Bulletin of the Pasteur Institute of Southern India, Coonoor - No. 1.
Year: 1908
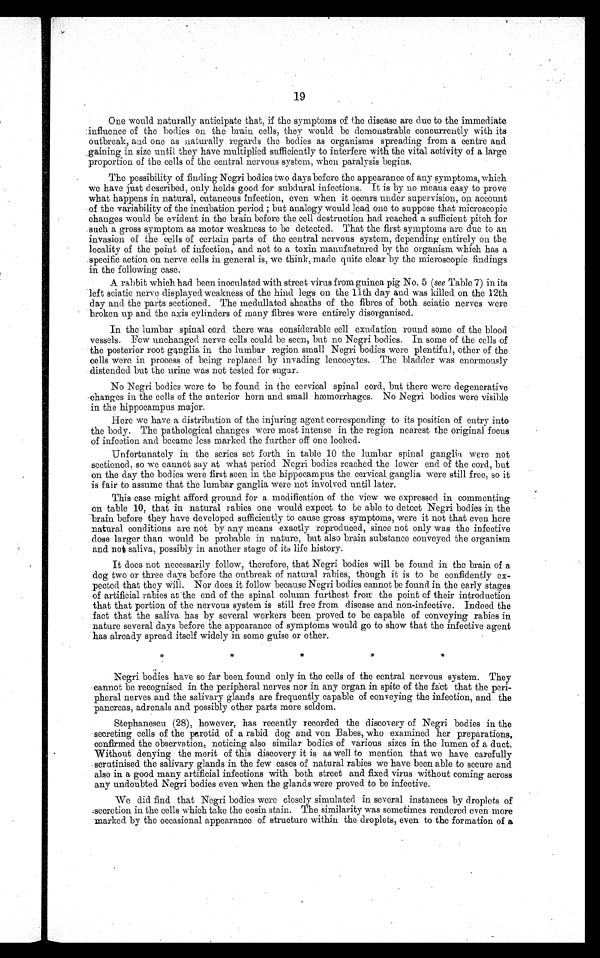
19
One would naturally anticipate . that, if the symptoms of the disease are due to the immediate
influence of the bodies on the brain cells, they would be demonstrable concurrently with its
outbreak, and. one as naturally regards the bodies as organisms spreading from a centre and
gaining in size until they have multiplied sufficiently to interfere with the vital activity of a large
proportion of the cells of the central nervous system, when paralysis begins.
The possibility of finding Negri bodies two days before the appearance of any symptoms, which
we have just described, only holds good for subdural infections. It is by no means easy to prove
what happens in natural, cutaneous infection, even when it occurs under supervision, on account
of the variability of the incubation period ; but analogy would lead one to suppose that microscopic
changes would be evident in the brain before the cell destruction had reached a sufficient pitch for
such a gross symptom as motor weakness to be detected. That the first symptoms are due to an
invasion of the cells of certain parts of the central nervous system, depending entirely on the
locality of the point of infection, and not to a toxin manufactured by the organism which has a
.specific action on nerve cells in general is, we think, made quite clear by the microscopic findings
in the following case.
A rabbit which had been inoculated with street virus from guinea pig No. 5 (see Table 7) in its
left sciatic nerve displayed weakness of the hind legs on the 11th day and was killed on the 12th
day and the parts sectioned. The medullated sheaths of the fibres of both sciatic nerves were
broken up and the axis cylinders of many fibres were entirely disorganised.
In the lumbar spinal cord. there was considerable cell exudation round some of the blood
vessels. Few unchanged nerve cells could be seen, but no Negri bodies. In some of the cells of
the posterior root ganglia in the lumbar region small Negri bodies were plentiful, other of the
cells were in process of being replaced. by invading leucocytes. The bladder was enormously
distended but the urine was not tested for sugar.
No Negri bodies were to be found in the cervical spinal cord, but there were degenerative
changes in the cells of the anterior horn and small hæmorrhages. No Negri bodies were visible
in the hippocampus major.
Here we have a distribution of the injuring agent corresponding to its position of entry into
the body. The pathological changes were most intense in the region nearest the original focus
of infection and became less marked the further off one looked.
Unfortunately in the series set forth in table 10 the lumbar spinal ganglia were not
sectioned, so we cannot say at what period Negri bodies reached the lower end of the cord, but
on the day the bodies were first seen in the hippocampus the cervical. ganglia were still free, so it
is fair to assume that the lumbar ganglia were not involved until later.
This case might afford ground for a modification of the view we expressed in commenting
-on table 10, that in natural rabies one would expect to be able to detect Negri bodies in the
brain before they have developed sufficiently to cause gross symptoms, were it not that even here
natural conditions are not by any means exactly reproduced, since not only was .the infective
dose larger than would be probable in nature, but also brain substance conveyed the organism
and not saliva, possibly in another stage of its life history.
It does not necessarily follow, therefore, that Negri bodies will be found in the brain of a
dog two or three days before the outbreak of natural rabies, though it is to be confidently ex-
pected that they Will. Nor does it follow because Negri bodies cannot be found in the early stages
of artificial rabies at the end of the spinal column furthest from the point of their introduction
that that portion of the nervous system is still free from disease and. non-infective. Indeed. the
. fact that the saliva has by several workers been proved to be capable of conveying rabies in
nature several days before the appearance of symptoms would go to show that the infective agent
has already spread itself widely in some guise or other.
Negri bodies have so far been found only in the cells of the central nervous system. They
cannot be recognised in the peripheral nerves nor in any organ in spite of the fact that the peri-
pheral nerves and the salivary glands are frequently capable of conveying the infection, and the
pancreas, adrenals and possibly other parts more seldom.
Stephanescu (28), however, has recently recorded the discovery of Negri bodies in the
secreting cells of the parotid of a rabid dog and von Babes, who examined her preparations,
confirmed the observation, noticing also similar bodies of various sizes in the lumen of a duct,
Without denying the merit of this discovery it is as well to mention that we have carefully
scrutinised the salivary glands in the few cases of natural rabies we have been able to secure and
also in a good many artificial infections with both street and fixed virus without coming across
.any undoubted Negri bodies even when the glands were proved to be infective.
We did find that Negri bodies were closely simulated in several instances by droplets of
secretion in the cells which take the eosin stain. The similarity was sometimes rendered even more
-marked by the occasional appearance of structure within the droplets, even to the formation of a